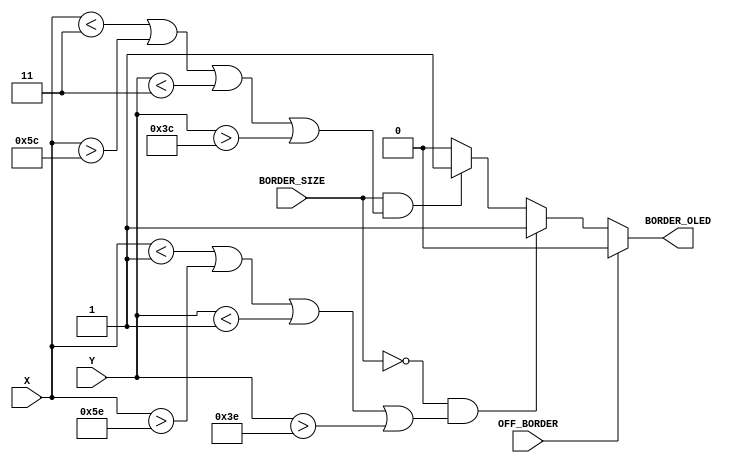
`timescale 1ns / 1ps

module oled_border(input [6:0] X, input [5:0] Y, input BORDER_SIZE, input OFF_BORDER, output BORDER_OLED);

    // input BORDER_SIZE determines no of pixels for the borders

    assign BORDER_OLED = ~OFF_BORDER ? 
        ((BORDER_SIZE == 1'b0 && (X < 1 || X > 94 || Y < 1 || Y > 62)) ? 1 
        : (BORDER_SIZE == 1'b1 && (X < 3 || X > 92 || Y < 3 || Y > 60)) ? 1 : 0)
        : 0;

endmodule